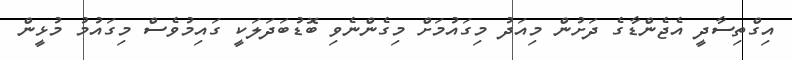
އިގްތިސާދީ އެޖެންޑާގެ ދަށުން މިއަދު މިގައުމަށް މިގެންނެވި ބޮޑުބަދަލަކީ ގައިމުވެސް މިގައުމު މުޅީން